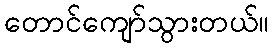
တောင်ကျော်သွားတယ်။